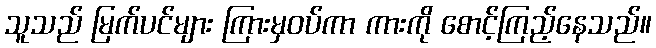
သူသည် မြက်ပင်များ ကြားမှဝပ်ကာ ကားကို စောင့်ကြည့်နေသည်။